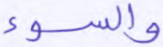
والسوء